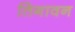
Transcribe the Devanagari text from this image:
तिगावन